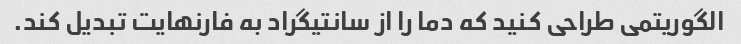
الگوریتمی طراحی کنید که دما را از سانتیگراد به فارنهایت تبدیل کند.